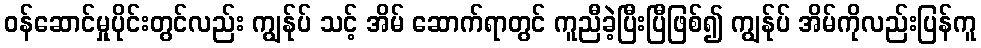
ဝန်ဆောင်မှုပိုင်းတွင်လည်း ကျွန်ုပ် သင့် အိမ် ဆောက်ရာတွင် ကူညီခဲ့ပြီးပြီဖြစ်၍ ကျွန်ုပ် အိမ်ကိုလည်းပြန်ကူ